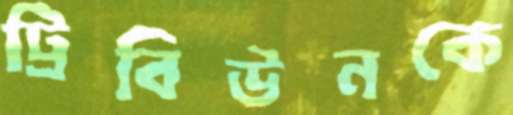
ট্রিবিউনকে